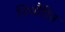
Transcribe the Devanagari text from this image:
निधौरित